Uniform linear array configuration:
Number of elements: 4
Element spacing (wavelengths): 0.75
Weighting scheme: binomial
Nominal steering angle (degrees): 0
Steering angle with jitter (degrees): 0.02547
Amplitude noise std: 0.05
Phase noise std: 0.05

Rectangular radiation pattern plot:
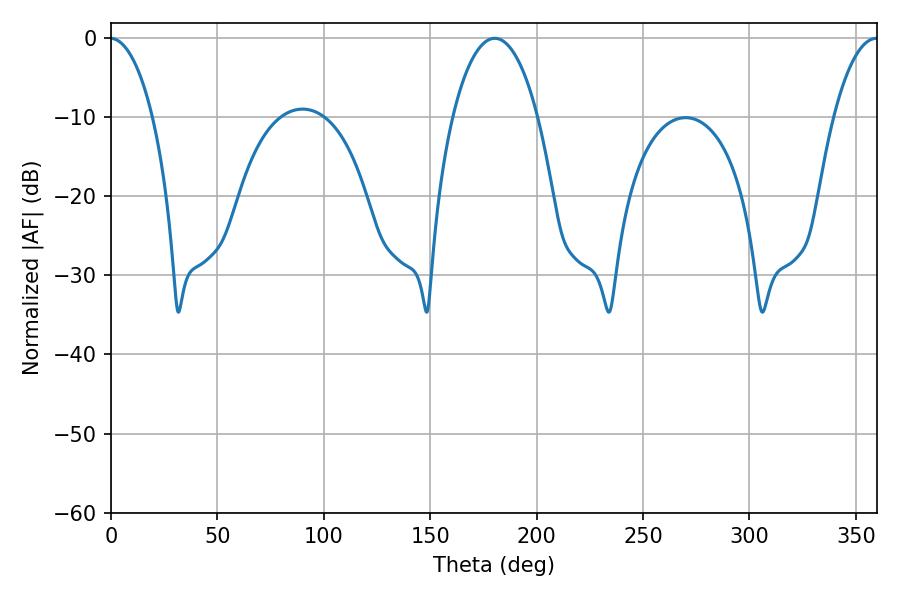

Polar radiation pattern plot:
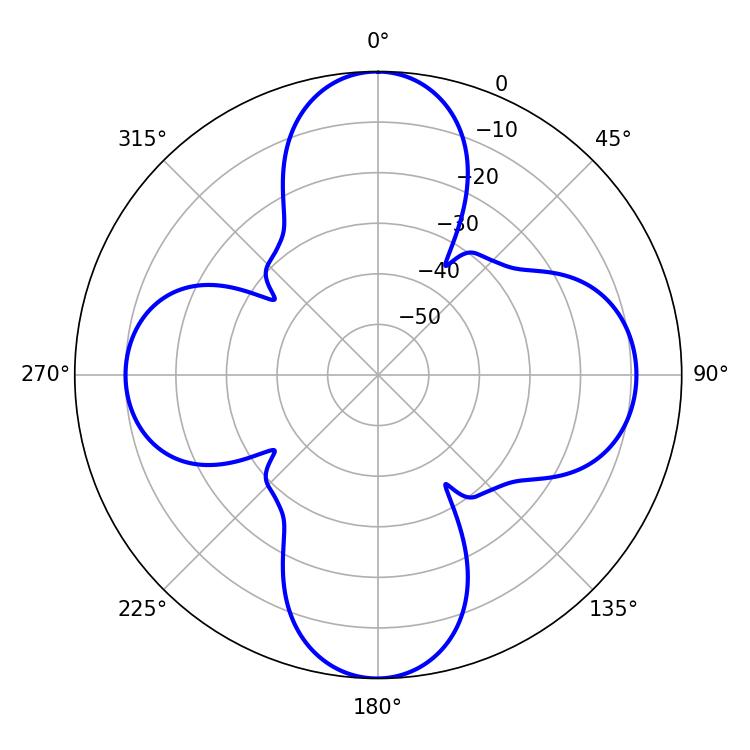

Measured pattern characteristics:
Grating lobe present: TRUE
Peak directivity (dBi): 21.228
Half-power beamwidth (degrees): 22.32
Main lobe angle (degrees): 180.36